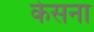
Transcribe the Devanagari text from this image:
केसना